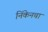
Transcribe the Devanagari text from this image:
निंकेनचा